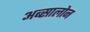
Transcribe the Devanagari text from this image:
अब्सालोन